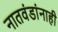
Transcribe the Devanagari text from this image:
नातवंडांनाही